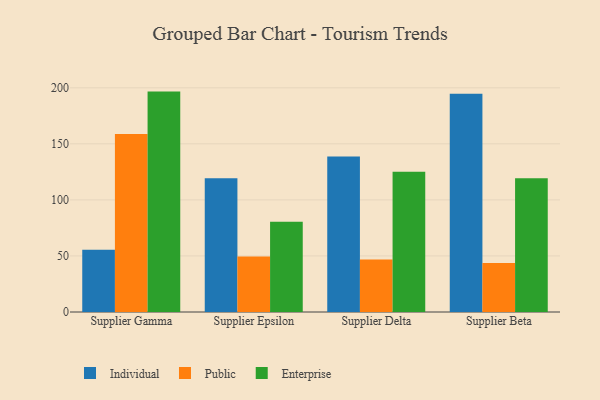
{"axis": {"x": "Supplier", "y": "Conversion Rate (%)"}, "legend": ["Enterprise", "Individual", "Public"], "data": [{"x": "Supplier Gamma", "y": 55.5, "type": "Individual"}, {"x": "Supplier Gamma", "y": 158.7, "type": "Public"}, {"x": "Supplier Gamma", "y": 196.6, "type": "Enterprise"}, {"x": "Supplier Epsilon", "y": 119.4, "type": "Individual"}, {"x": "Supplier Epsilon", "y": 49.4, "type": "Public"}, {"x": "Supplier Epsilon", "y": 80.5, "type": "Enterprise"}, {"x": "Supplier Delta", "y": 138.6, "type": "Individual"}, {"x": "Supplier Delta", "y": 46.9, "type": "Public"}, {"x": "Supplier Delta", "y": 125.0, "type": "Enterprise"}, {"x": "Supplier Beta", "y": 194.6, "type": "Individual"}, {"x": "Supplier Beta", "y": 43.6, "type": "Public"}, {"x": "Supplier Beta", "y": 119.3, "type": "Enterprise"}]}